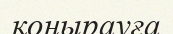
қоңырауға